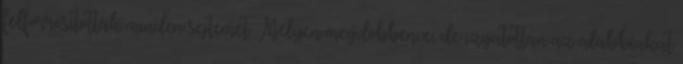
felforrósították minden sejtemet. Mélyen megdöbbenve, de izgatottan az alábbiakat